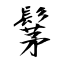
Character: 髳